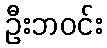
ဦးဘဝင်း